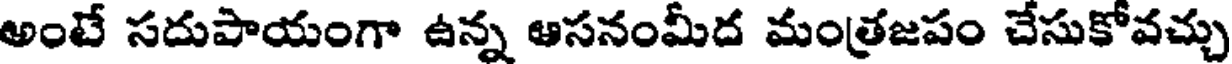
అంటే సదుపాయంగా ఉన్న ఆసనంమీద మంత్రజపం చేసుకోవచ్చు